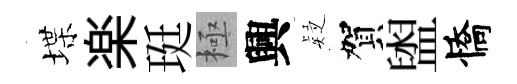
堞楽珽極興疑賀盥憍